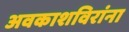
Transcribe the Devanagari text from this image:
अवकाशविरांना